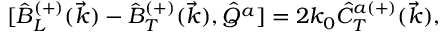
{ [ } \hat { B } _ { L } ^ { ( + ) } ( \vec { k } ) - \hat { B } _ { T } ^ { ( + ) } ( \vec { k } ) , \hat { Q } ^ { a } ] = 2 k _ { 0 } \hat { C } _ { T } ^ { a ( + ) } ( \vec { k } ) ,